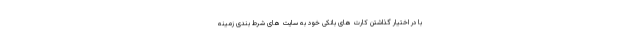
با در اختیار گذاشتن کارت های بانکی خود به سایت های شرط بندی زمینه